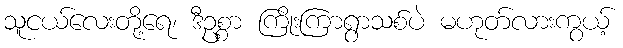
သူငယ်လေးတို့ရေ၊ ဒီဥစ္စာ ကြိုးကြာရွာသစ်ပဲ မဟုတ်လားကွယ့်